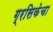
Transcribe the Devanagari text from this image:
ग्रसिकेचा